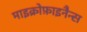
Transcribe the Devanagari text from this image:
माइक्रोफ़ाइनैन्स